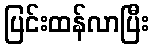
ပြင်းထန်လာပြီး